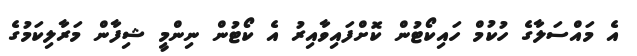
އެ މައްސަލާގެ ހުކުމް ހައިކޯޓުން ކޮށްފައިވާއިރު އެ ކޯޓުން ނިންމީ ޝިފާން މަރާލިކަމުގެ